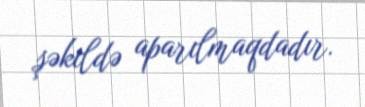
şəkildə aparılmaqdadır.